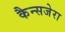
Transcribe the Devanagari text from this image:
कैन्सजेरा